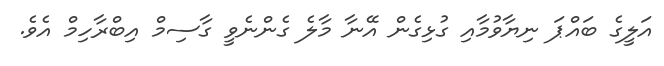
އަލީގެ ބައްޕަ ނިޔާވުމާއި ގުޅިގެން އޭނާ މާލެ ގެންނެވީ ގާސިމް އިބްރާހިމް އެވެ.